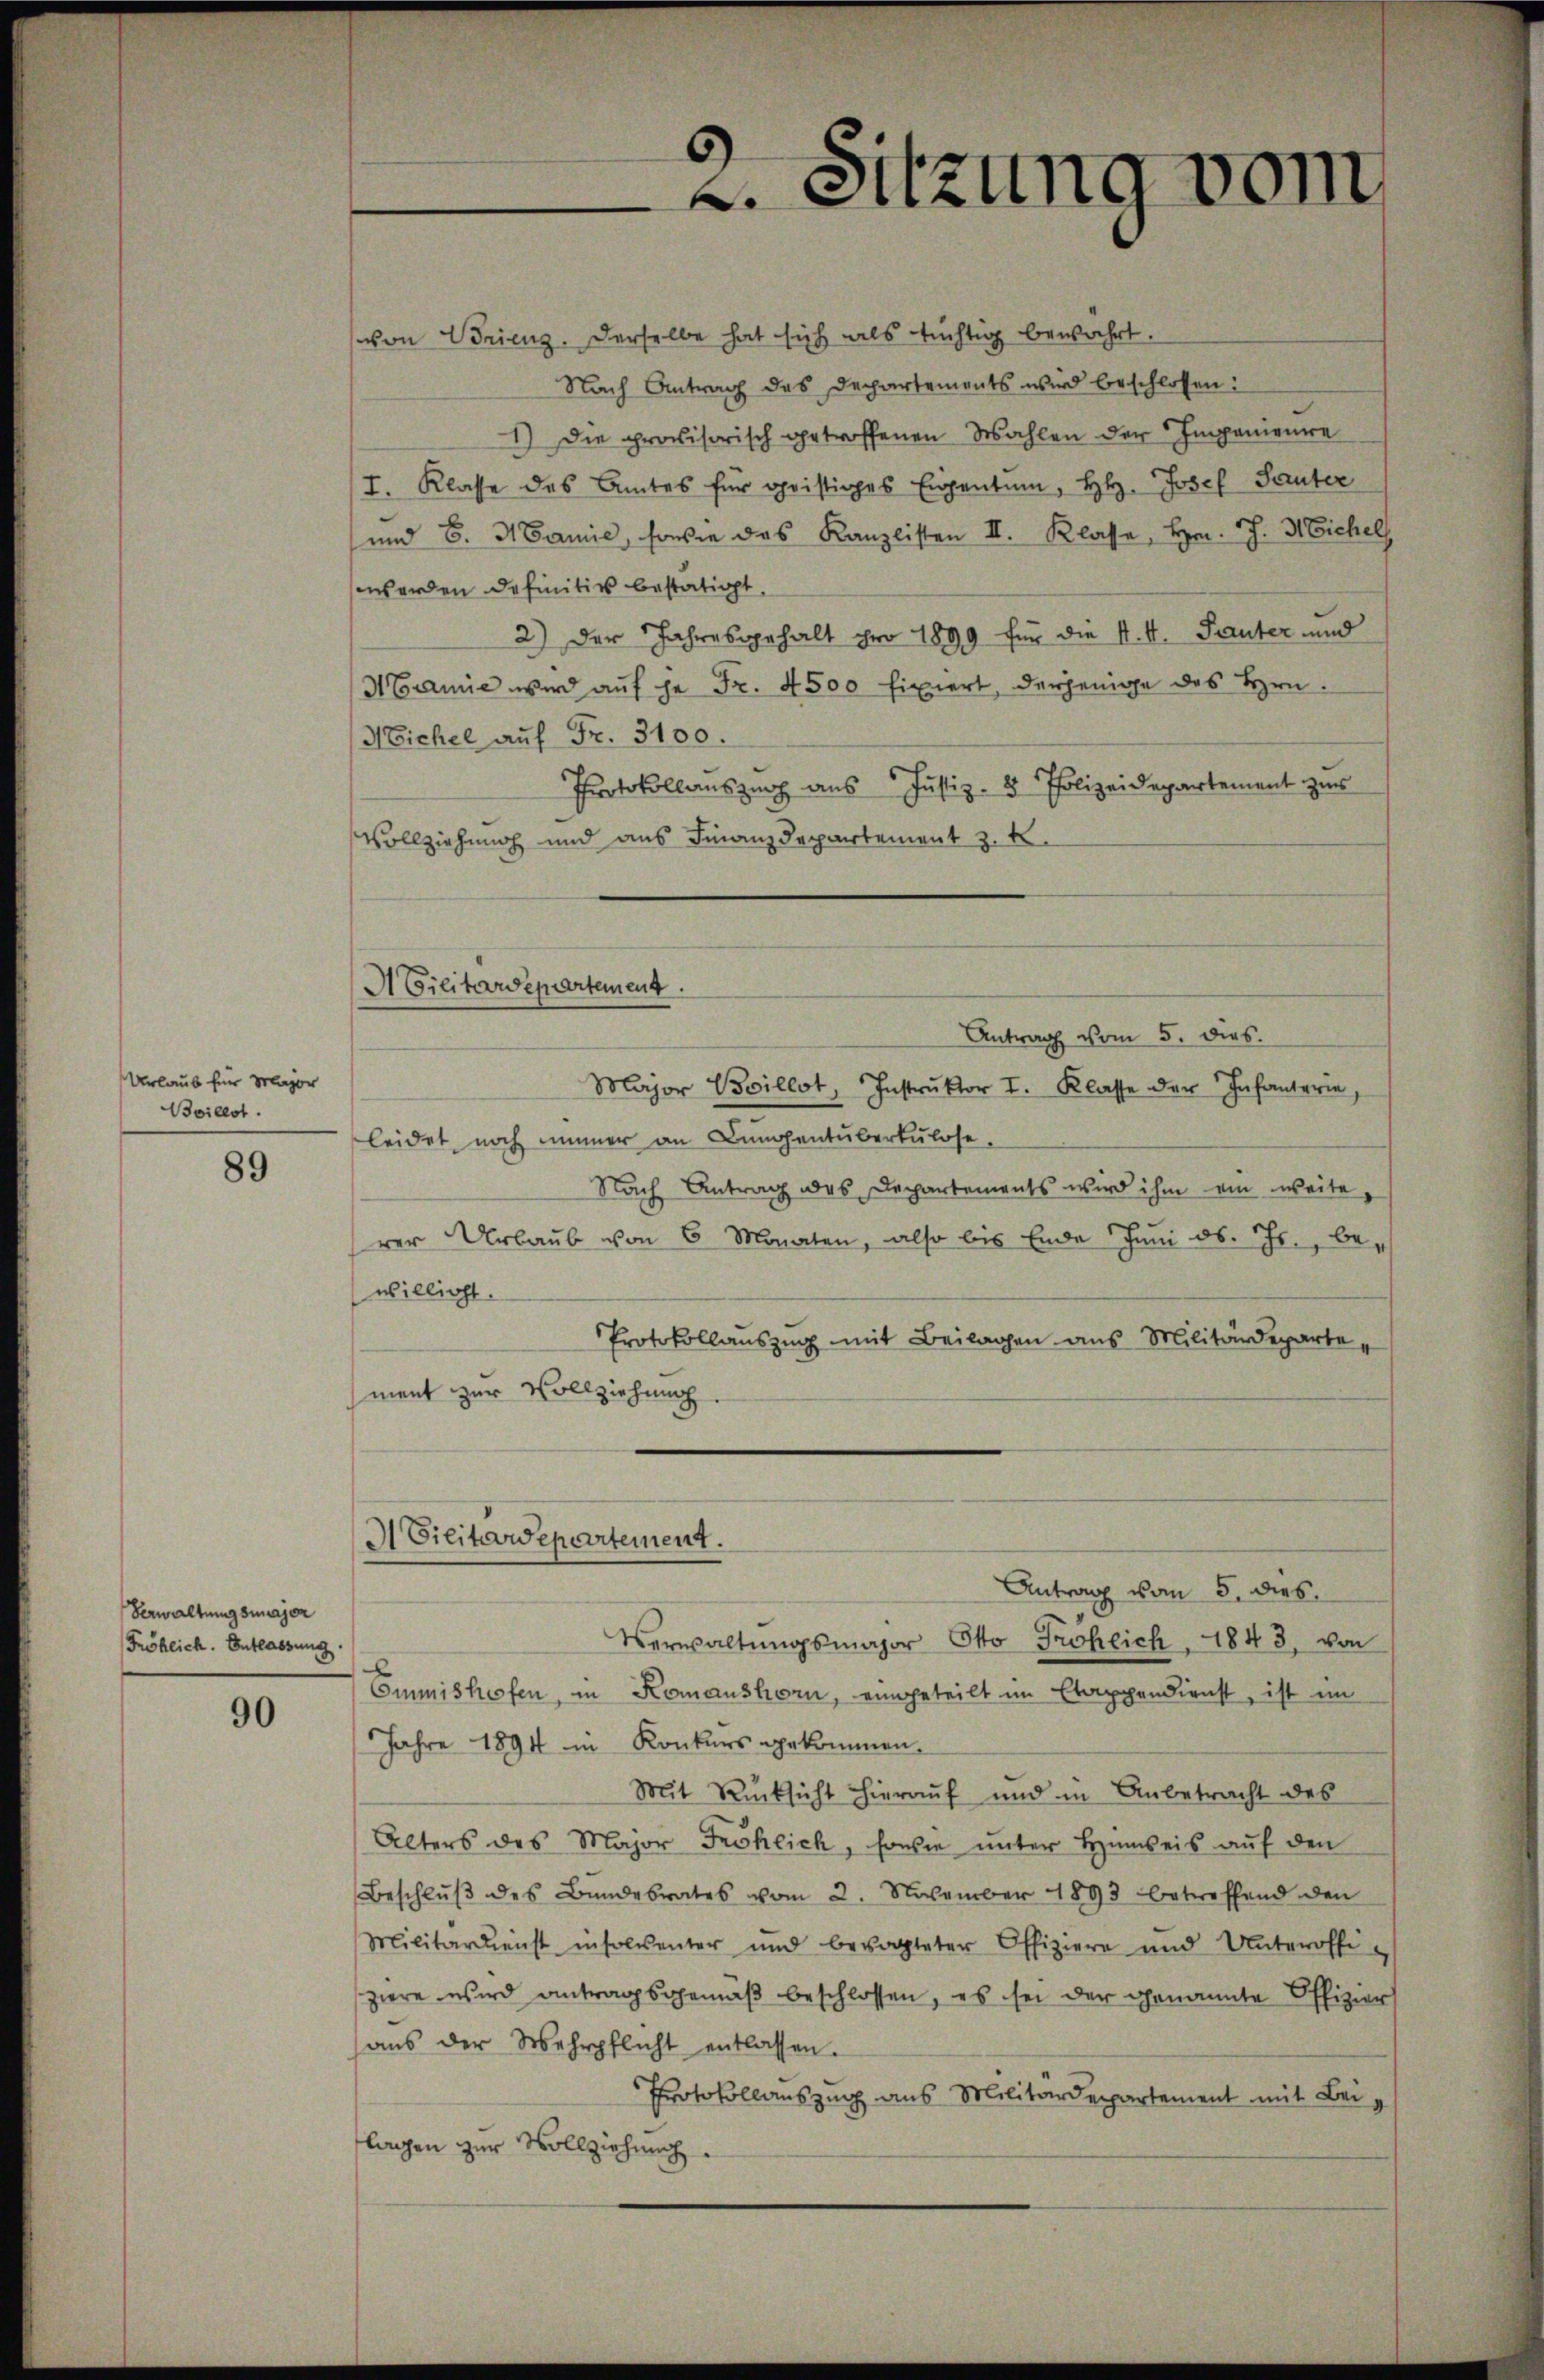
2. Sitzung vom

von Brienz. Derselbe hat sich als tüchtig bewahrt.
Nach Antrag des Departements wird beschlossen:
1.) Die provisorisch getroffenen Wahlen der Impanienre
I. Klasse des Amtes für geistiges Eigentum, H. Josef Sauter
und 6. Manie, sowie das Kanzlisten III. Klasse, Hrn. J. H. Eichel
werden definitiv bestätigt.
2) Der Jahresgehalt pro 1899 für die k. k. Trauter und
MEamie wird auf je Fr. 4500 fixiert, derjenige des Hrn.
NEichel auf Fr. 3100.
Protokollauszug aus Justiz- & Polizeidepartement zur
Vollziehung und aus Finanzdepartement z. B.

Antrag vom 5. dies
Major Boillot, Instrŭktor I. Klasse der Infanterie,
leidet, noch immer an Lungentuberkulose,
Nach Antrag des Departements wird ihm ein weite,
rer Urlaub von 6 Monaten, also bis Ende Juni d. Js., bewilligt.
Protokollauszug mit Beilagen aus Militärdeparte
ment zur Vollziehung.

A Cilitärdepartement.

Urlaub für Major
Boillst.

89

M Cilitärdepartement.
Antrag vom 5. dies

Verwaltungsmajor Otto Fröhlich, 1843, von
Emmishofen, in Komanshorn, eingeteilt im Etappendienst, ist im
Jahre 1894 in Konkurs gekommen.
Mit Rücksicht hierauf und in Anbetracht des
Alters des Major Fröhlich, sowie unter Hinweis auf den
Beschlŭβ des Bundesrates vom 2. November 1893 betreffend den
Militärdienst insolventer und bevogteter Offiziere und Unteroffi-
ziere wird antragsgemäß beschlossen, es sei der genannte Offizier
aus der Wehrpflicht entlassen.
Protokollauszug aus Militärdepartement mit Beilagen zur Vollziehung

Verwaltungsumajor
Fröhlich. Entlassung

90